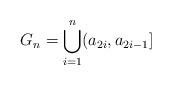
LaTeX: \begin{align*}G_n = \bigcup_{i=1}^n (a_{2i}, a_{2i-1}]\end{align*}